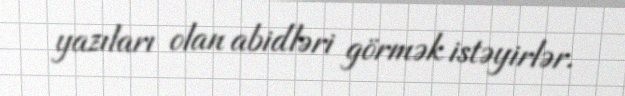
yazıları olan abidləri görmək istəyirlər.